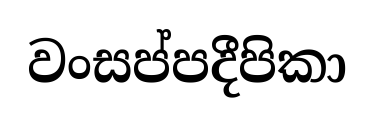
වංසප්පදීපිකා